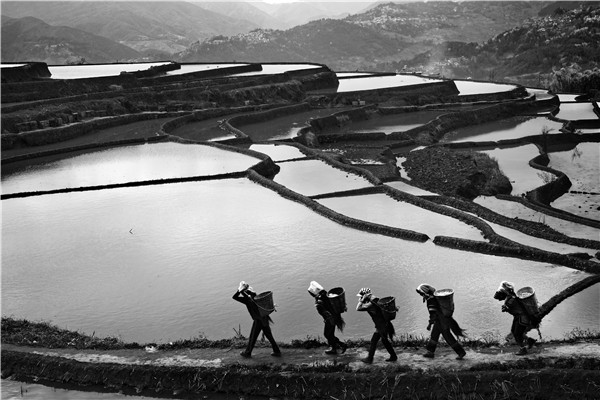
千层石树遥行路，一带山田放水声。